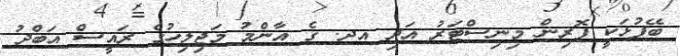
ބޭފުޅަކީ ފޮރިން މިނިސްޓަރު އަދި އދ. ގެ އާންމު މަޖިލިހުގެ ރައީސް އަބްދު